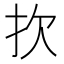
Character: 扻